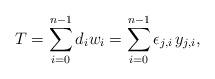
LaTeX: \begin{align*} T = \sum_{i=0}^{n-1} d_i w_i = \sum_{i=0}^{n-1} \epsilon_{j,i} \,y_{j,i},\end{align*}